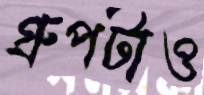
গ্রুপটাও